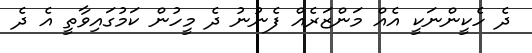
ދެ ހެކީންނަކީ އެއް މަންޒަރެއް ފެނުނު ދެ މީހުން ކަމުގައިވާތީ އެ ދެ